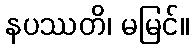
နပဿတိ၊ မမြင်။